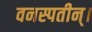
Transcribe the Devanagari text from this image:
वनस्पतीन्।